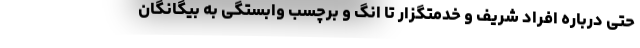
حتی درباره افراد شریف و خدمتگزار تا انگ و برچسب وابستگی به بیگانگان